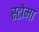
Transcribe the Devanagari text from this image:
स्टोमा